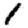
Digit: 1